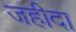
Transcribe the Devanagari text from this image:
जहीदा